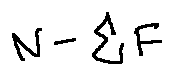
N - \sum F